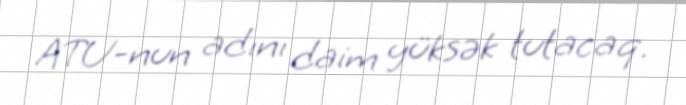
ATU-nun adını daim yüksək tutacaq.